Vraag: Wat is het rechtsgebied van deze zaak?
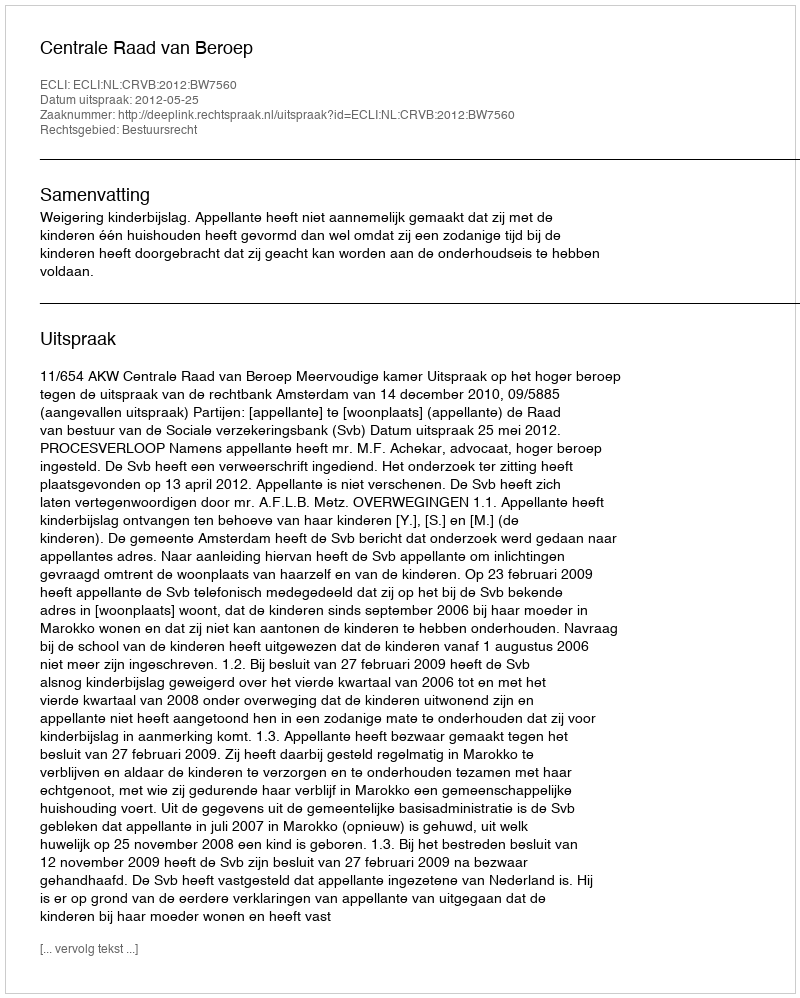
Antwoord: Bestuursrecht